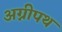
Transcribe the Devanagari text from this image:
अग्नीपथ